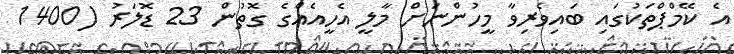
އެ ކޭމްޕްތަކުގައި ބައިވެރިވާ މީހުންނަށް މާލީ އެހީއެއްގެ ގޮތުން 23 ޑޮލަރު (1400